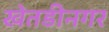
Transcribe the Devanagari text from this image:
खेतडीनगर